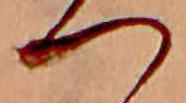
つ